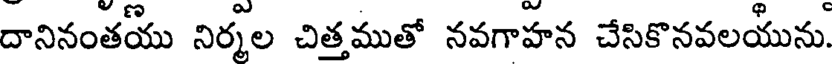
దానినంతయు నిర్మల చిత్తముతో నవగాహన చేసికొనవలయును.